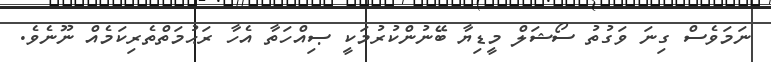
ނަމަވެސް ގިނަ ވަގުތު ސޯޝަލް މީޑިޔާ ބޭނުންކުރުމަކީ ޞިއްހަތާ އެހާ ރަޙުމަތްތެރިކަމެއް ނޫނެވެ.